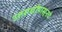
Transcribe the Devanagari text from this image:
उत्तरार्धापासूनचे